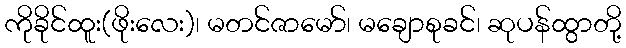
ကိုခိုင်ထူး(ဖိုးလေး)၊ မတင်ဇာမော်၊ မချောစုခင်၊ ဆုပန်ထွာတို့